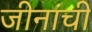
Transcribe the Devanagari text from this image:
जीनांची